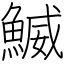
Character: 鰄